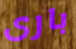
بارى